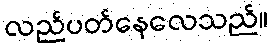
လည်ပတ်နေလေသည်။